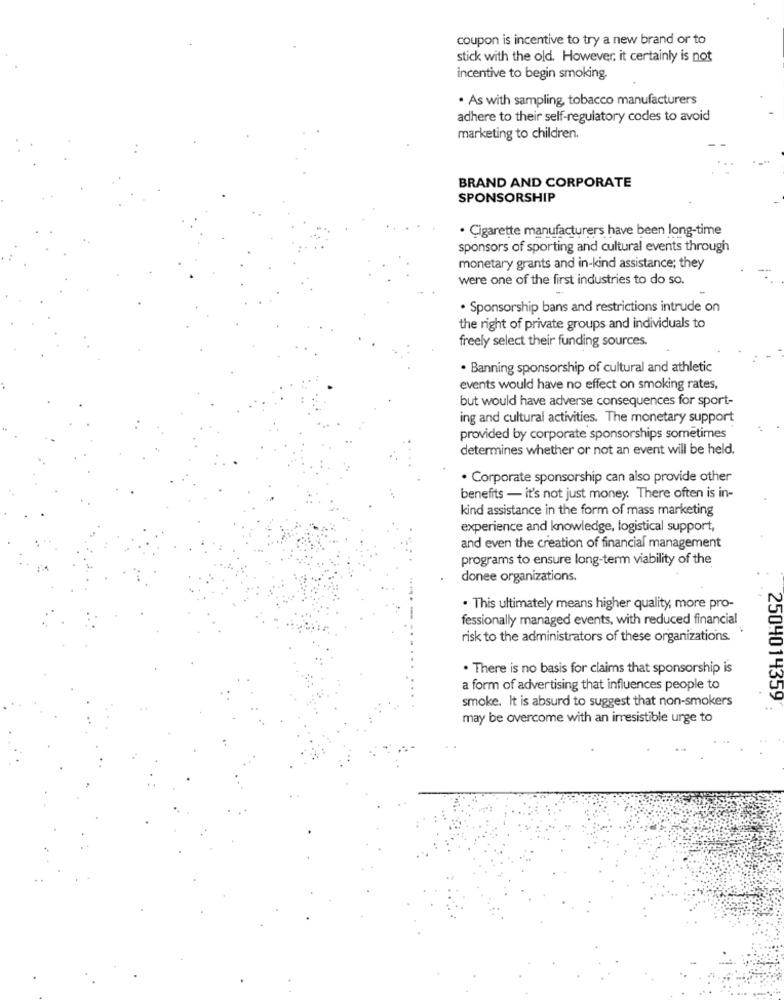
coupon is incentive to try a new brand or to
stick with the old. However, it certainly is not
incentive to begin smoking.
· As with sampling, tobacco manufacturers
adhere to their self-regulatory codes to avoid
marketing to children.
BRAND AND CORPORATE
SPONSORSHIP
· Cigarette manufacturers have been long-time
sponsors of sporting and cultural events through
monetary grants and in-kind assistance; they
were one of the first industries to do so.
· Sponsorship bans and restrictions intrude on
the right of private groups and individuals to
freely select their funding sources.
. Banning sponsorship of cultural and athletic
events would have no effect on smoking rates,
but would have adverse consequences for sport-
ing and cultural activities. The monetary support
provided by corporate sponsorships sometimes
determines whether or not an event will be held.
· Corporate sponsorship can also provide other
benefits - it's not just money. There often is in-
kind assistance in the form of mass marketing
experience and knowledge, logistical support,
and even the creation of financial management
programs to ensure long-term viability of the
donee organizations.
. This ultimately means higher quality, more pro-
fessionally managed events, with reduced financial
risk to the administrators of these organizations.
. There is no basis for claims that sponsorship is
a form of advertising that influences people to
smoke. It is absurd to suggest that non-smokers
2504014359 ;
may be overcome with an irresistible urge to